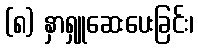
(၈) နှာရှူဆေးပေးခြင်း၊